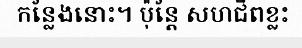
កន្លែងនោះ។ ប៉ុន្តែ សហជីពខ្លះ